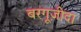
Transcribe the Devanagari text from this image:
बरगूज़ीदा